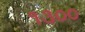
૧૩૦૦